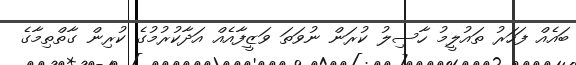
ބައެއް ފަހަރު ތައުލީމު ހާސިލު ކުރަން ނުވަތަ ވަޒީފާއެއް އަދާކުރުމުގެ ކުރިން ގާތްތިމާގެ